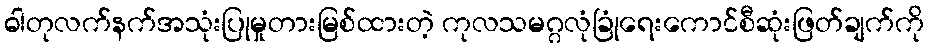
ဓါတုလက်နက်အသုံးပြုမှုတားမြစ်ထားတဲ့ ကုလသမဂ္ဂလုံခြုံရေးကောင်စီဆုံးဖြတ်ချက်ကို